Annual report of the Bengal Veterinary College and of the Civil Veterinary Department, Bengal, for the year 1918-19 - 1918-1919
Year: 1918
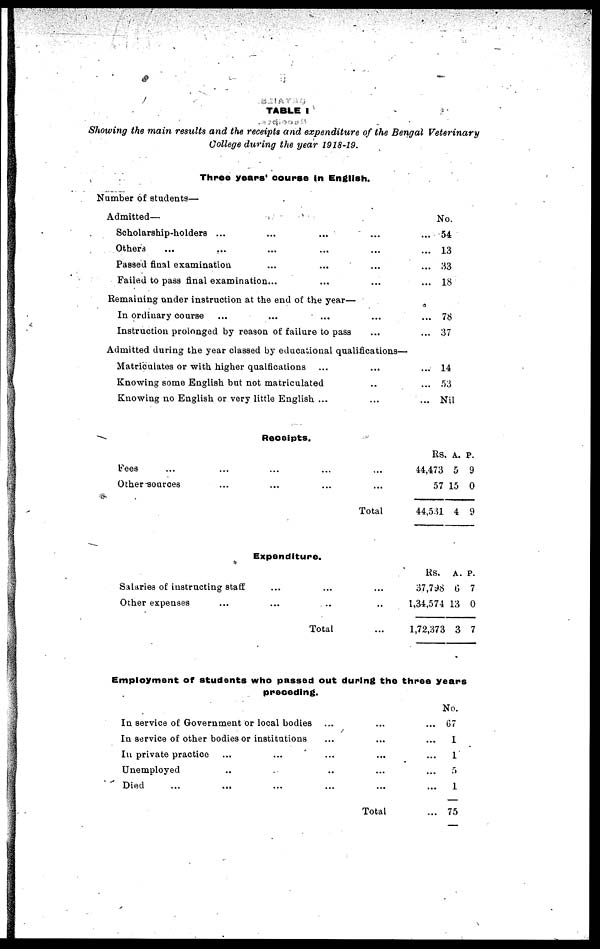
TABLE I
Showing the main results and the receipts and expenditure of the Bengal Veterinary
College during the year 1918-19.
Three years' course in English.
Number of students—
Admitted—
Scholarship-holders ... ... ... ... ...
Others ... ... ... ... ... ...
Passed final examination ... ... ... ...
Failed to pass final examination... ... ... ...
Remaining under instruction at the end of the year—
In ordinary course ... ... ... ... ...
Instruction prolonged by reason of failure to pass ... ...
Admitted during the year classed by educational qualifications—
Matriculates or with higher qualfications ... ... ...
Knowing some English but not matriculated .. ...
Knowing no English or very little English ... ... ...
No.
54
13
33
18
78
37
14
53
Nil
Receipts.
Fees
Other sources ... ... ...
Expenditure.
Salaries of instructing staff ... ...
Other expenses
Total
...
...
Total
...
..
...
Rs. A. P.
44,473 5 9
57 15 0
44,531 4 9
Rs. A. P.
37,798 6 7
1,34,574 13 0
1,72,373 3 7
Employment of students who passed out during the three years
preceding.
In service of Government or local bodies
In service of other bodies or institutions
In private practice ... ... ...
Unemployed
Died
...
...
...
...
...
Total
No.
... 67
...
1
... 1
... 5
... 1
... 75